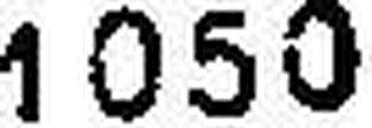
1050